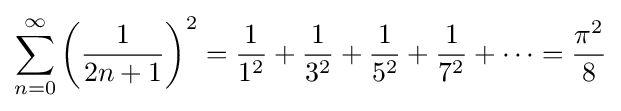
\sum _{n=0}^{\infty }\left({\frac {1}{2n+1}}\right)^{2}={\frac {1}{1^{2}}}+{\frac {1}{3^{2}}}+{\frac {1}{5^{2}}}+{\frac {1}{7^{2}}}+\cdots ={\frac {\pi ^{2}}{8}}